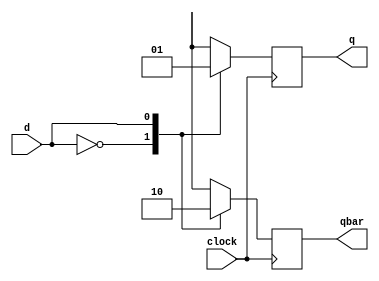
module dff(d,q,qbar,clock);

input d,clock;

output reg q,qbar;

initial 
	begin
	    q=0;
	    qbar=1;
	end
	 
always @( posedge clock)
	begin
	    case({d})
	        1'b 0: begin 
                    q=0; 
                    qbar=1; 
                end
	        1'b 1: begin 
                    q=1; 
                    qbar=0; 
                end
        endcase
    end	 
endmodule